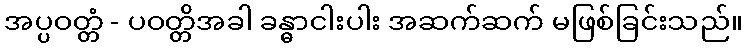
အပ္ပဝတ္တံ - ပဝတ္တိအခါ ခန္ဓာငါးပါး အဆက်ဆက် မဖြစ်ခြင်းသည်။